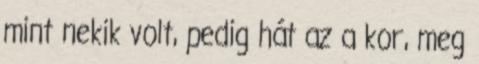
mint nekik volt, pedig hát az a kor, meg